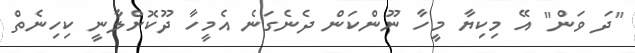
"ދަ ވަން" އޭ މިކިޔާ މީހާ ނޫންކަން ދެނެގަނެ އެމީހާ ދޫކޮށްލާނީ ކިހިނެތް